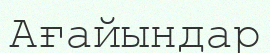
Ағайындар